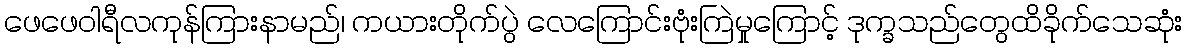
ဖေဖေဝါရီလကုန်ကြားနာမည်၊ ကယားတိုက်ပွဲ လေကြောင်းဗုံးကြဲမှုကြောင့် ဒုက္ခသည်တွေထိခိုက်သေဆုံး